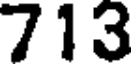
713